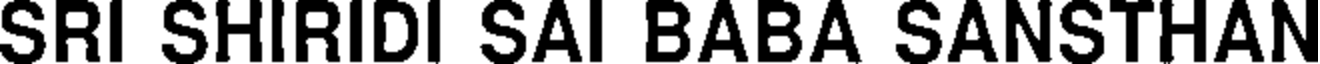
SRI SHIRIDI SAI BABA SANSTHAN